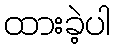
ထားခဲ့ပါ